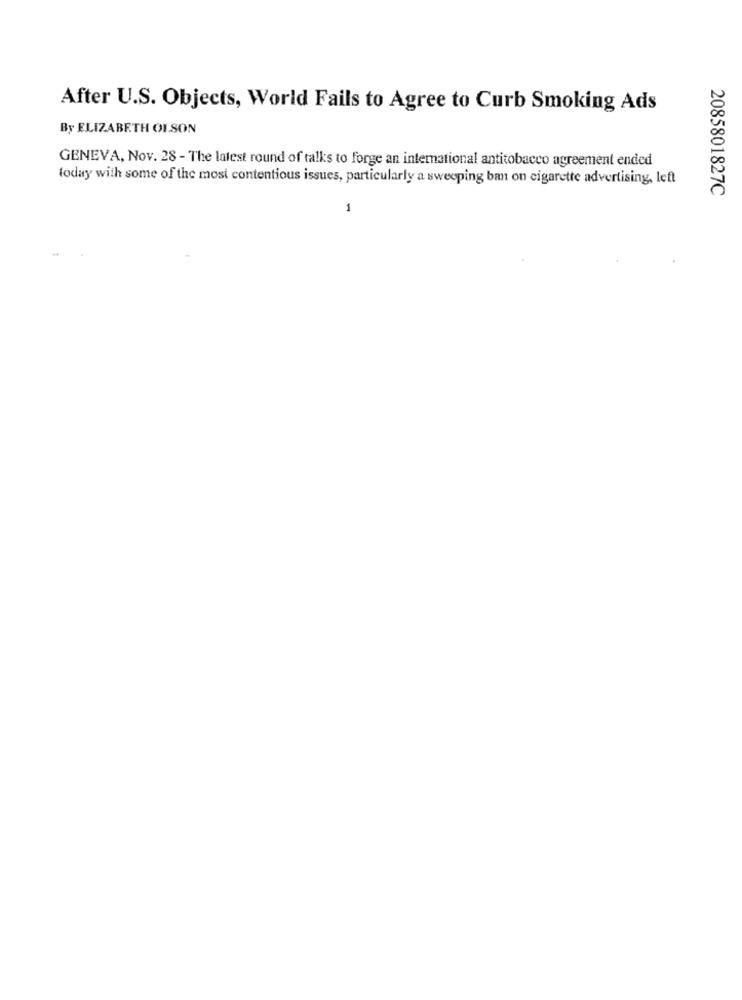
After U.S. Objects, World Fails to Agree to Curb Smoking Ads
By ELIZABETH OLSON
GENEVA, Nov. 28 - The latest round of talks to forge an international antitobacco agreement ended
today with some of the most contentious issues, particularly a sweeping ban on cigarette advertising, left
2085801827C
1